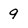
Character: 9